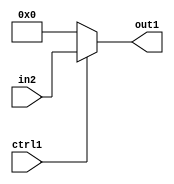
`timescale 1ps / 1ps
/*****************************************************************************
    Verilog RTL Description
    
    
    Created by: CellMath Designer 2019.1.01 
*******************************************************************************/

module float2fix_Muxu32i0u1_1 (
	in2,
	ctrl1,
	out1
	); /* architecture "behavioural" */ 
input [31:0] in2;
input  ctrl1;
output [31:0] out1;
wire [31:0] asc001;

reg [31:0] asc001_tmp_0;
assign asc001 = asc001_tmp_0;
always @ (ctrl1 or in2) begin
	case (ctrl1)
		1'B1 : asc001_tmp_0 = in2 ;
		default : asc001_tmp_0 = 32'B00000000000000000000000000000000 ;
	endcase
end

assign out1 = asc001;
endmodule

/* CADENCE  uLb1Swg= : u9/ySgnWtBlWxVPRXgAZ4Og= ** DO NOT EDIT THIS LINE ******/